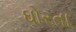
ઘોરતા